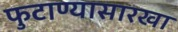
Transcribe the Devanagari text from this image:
फुटाण्यासारखा